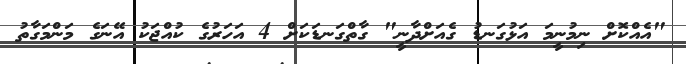
"އެއްކޮށް ނިމުނީމަ އަޅުގަނޑު ގެއަށްދާނީ" ގާތްގަނޑަކަށް 4 އަހަރުގެ ކުއްޖަކު އޭނަގެ މަންމަގާތު